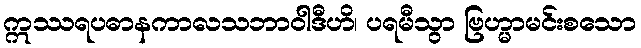
ဣဿရပဓာနကာလသဘာဝါဒီဟိ၊ ပရမီသွာ ဗြဟ္မာမင်းစသော